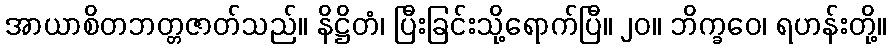
အာယာစိတဘတ္တဇာတ်သည်။ နိဋ္ဌိတံ၊ ပြီးခြင်းသို့ရောက်ပြီ။ ၂၀။ ဘိက္ခဝေ၊ ရဟန်းတို့။